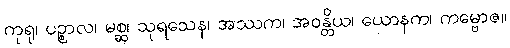
ကုရု၊ ပဉ္စာလ၊ မစ္ဆ၊ သုရသေန၊ အဿက၊ အဝန္တိယ၊ ယောနက၊ ကမ္ဗောဇ။